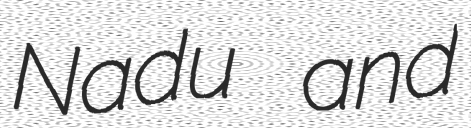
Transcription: Nadu and